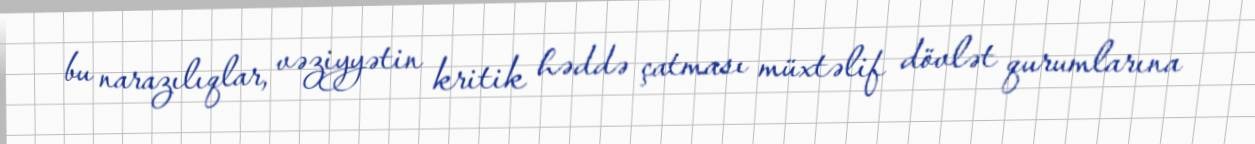
bu narazılıqlar, vəziyyətin kritik həddə çatması müxtəlif dövlət qurumlarına